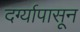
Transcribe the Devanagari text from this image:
दर्ग्यापासून